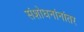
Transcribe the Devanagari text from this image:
संशोधनांनांतर